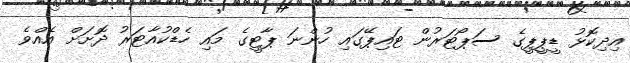
އިދިކޮޅު ޑީޕީޕީގެ ސަޕޯޓަރުން ޓައިޕޭގައި ހުންނަ ޕާޓީގެ މައި ހެޑްކުއާޓަރު ދޮށަށް އެއްވެ